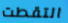
التقطت